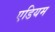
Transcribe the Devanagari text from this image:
एडियम